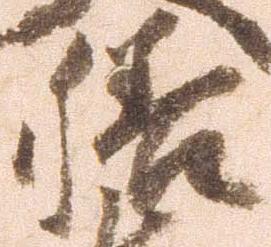
膳